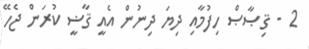
2 - ޤިޞާޞް ހިފުމާއި ދިޔަ ދިނުން އެއީ ޤާޟީ ކުރަން ޖެހޭ